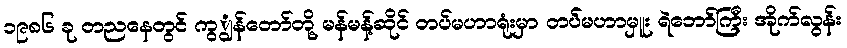
၁၉၈၆ ခု တညနေတွင် ကွျွန်တော်တို့ မန်မန့်ဆိုင် တပ်မဟာရုံးမှာ တပ်မဟာမှူး ရဲဘော်ကြီး အိုက်လွန်း